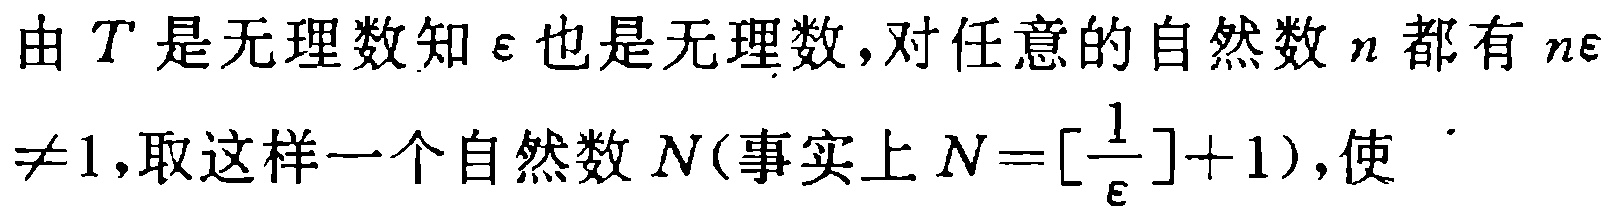
由\(T\)是无理数知\(\varepsilon\)也是无理数，对任意的自然数\(n\)都有\(n\varepsilon\neq1\)，取这样一个自然数\(N\)（事实上\(N = \left[\frac{1}{\varepsilon}\right]+1\)），使